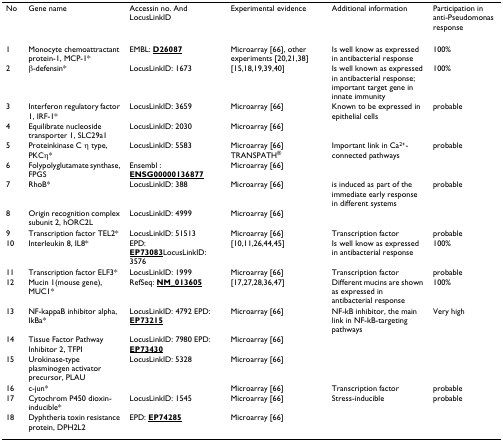
<table><thead><tr><td><b>No</b></td><td><b>Gene name</b></td><td><b>Accessin no. And LocusLinkID</b></td><td><b>Experimental evidence</b></td><td><b>Additional information</b></td><td><b>Participation in anti-Pseudomonas response</b></td></tr></thead><tbody><tr><td>1</td><td>Monocyte chemoattractant protein-1, MCP-1*</td><td>EMBL: <b><underline>D26087</underline></b></td><td>Microarray [66], other experiments [20,21,38]</td><td>Is well know as expressed in antibacterial response</td><td>100%</td></tr><tr><td>2</td><td>β-defensin*</td><td>LocusLinkID: 1673</td><td>[15,18,19,39,40]</td><td>Is well known as expressed in antibacterial response; important target gene in innate immunity</td><td>100%</td></tr><tr><td>3</td><td>Interferon regulatory factor 1, IRF-1*</td><td>LocusLinkID: 3659</td><td>Microarray [66]</td><td>Known to be expressed in epithelial cells</td><td>probable</td></tr><tr><td>4</td><td>Equilibrate nucleoside transporter 1, SLC29a1</td><td>LocusLinkID: 2030</td><td>Microarray [66]</td><td></td><td></td></tr><tr><td>5</td><td>Proteinkinase C η type, PKCη*</td><td>LocusLinkID: 5583</td><td>Microarray [66] TRANSPATH<sup>®</sup></td><td>Important link in Ca<sup>2+</sup>-connected pathways</td><td>probable</td></tr><tr><td>6</td><td>Folypolyglutamate synthase, FPGS</td><td>Ensembl : <b><underline>ENSG00000136877</underline></b></td><td>Microarray [66]</td><td></td><td></td></tr><tr><td>7</td><td>RhoB*</td><td>LocusLinkID: 388</td><td>Microarray [66]</td><td>is induced as part of the immediate early response in different systems</td><td>probable</td></tr><tr><td>8</td><td>Origin recognition complex subunit 2, hORC2L</td><td>LocusLinkID: 4999</td><td>Microarray [66]</td><td></td><td></td></tr><tr><td>9</td><td>Transcription factor TEL2*</td><td>LocusLinkID: 51513</td><td>Microarray [66]</td><td>Transcription factor</td><td>probable</td></tr><tr><td>10</td><td>Interleukin 8, IL8*</td><td>EPD: <b><underline>EP73083</underline></b>LocusLinkID: 3576</td><td>[10,11,26,44,45]</td><td>Is well know as expressed in antibacterial response</td><td>100%</td></tr><tr><td>11</td><td>Transcription factor ELF3*</td><td>LocusLinkID: 1999</td><td>Microarray [66]</td><td>Transcription factor</td><td>probable</td></tr><tr><td>12</td><td>Mucin 1(mouse gene), MUC1*</td><td>RefSeq: <b><underline>NM_013605</underline></b></td><td>[17,27,28,36,47]</td><td>Different mucins are shown as expressed in antibacterial response</td><td>100%</td></tr><tr><td>13</td><td>NF-kappaB inhibitor alpha, IkBa*</td><td>LocusLinkID: 4792 EPD: <b><underline>EP73215</underline></b></td><td>Microarray [66]</td><td>NF-kB inhibitor, the main link in NF-kB-targeting pathways</td><td>Very high</td></tr><tr><td>14</td><td>Tissue Factor Pathway Inhibitor 2, TFPI</td><td>LocusLinkID: 7980 EPD: <b><underline>EP73430</underline></b></td><td>Microarray [66]</td><td></td><td></td></tr><tr><td>15</td><td>Urokinase-type plasminogen activator precursor, PLAU</td><td>LocusLinkID: 5328</td><td>Microarray [66]</td><td></td><td></td></tr><tr><td>16</td><td>c-jun*</td><td></td><td>Microarray [66]</td><td>Transcription factor</td><td>probable</td></tr><tr><td>17</td><td>Cytochrom P450 dioxin-inducible*</td><td>LocusLinkID: 1545</td><td>Microarray [66]</td><td>Stress-inducible</td><td>probable</td></tr><tr><td>18</td><td>Dyphtheria toxin resistance protein, DPH2L2</td><td>EPD: <b><underline>EP74285</underline></b></td><td>Microarray [66]</td><td></td><td></td></tr></tbody></table>